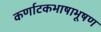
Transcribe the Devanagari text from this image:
कर्णाटकभाषाभूषण